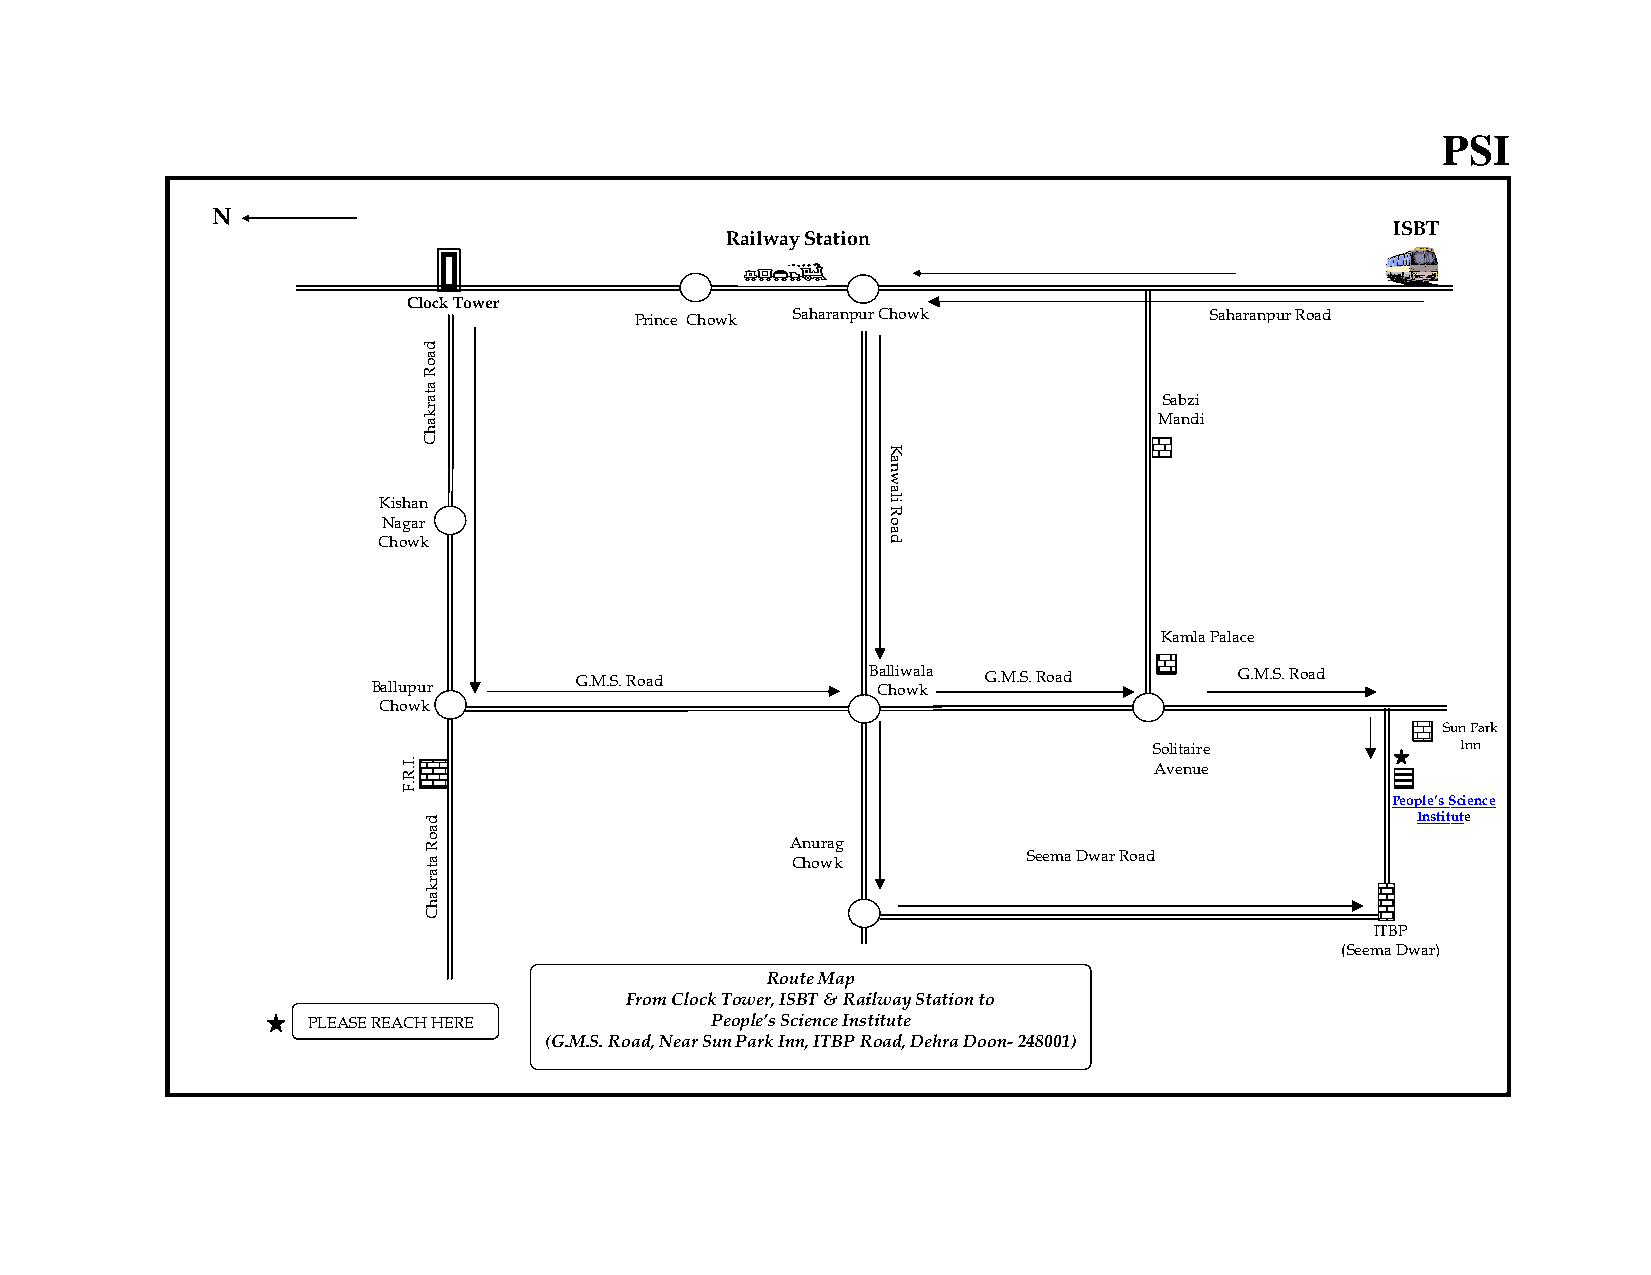
PPSI
 N
 ISBT
 Railway Station
 Clocck Tower
 Prince Chowwk Saharanpurr Chowk       Saharanpur Road
 Sabzi
 MMandi
 Kishan
 Nagar
 Chowk
 Kamla Palace
 Ballupur     GG.M.S. Road        B B Cal hli ow wa kla G.MM.S. Road G.M.S. Rooad
 Chowk
 Suun Park
 SSolitaire           Inn
 AAvenue
 People’s SScience
 Institute
 Anurag
 Seema Dwar Road Chowk
 ITBP
 (Seema Dwar)
 Route Map
 From Clock TTower, ISBT & Raiilway Station to
 PLEASE REACH HHERE         Peeople’s Science Insttitute
 (G.MM.S. Road, Near Sunn Park Inn, ITBP RRoad, Dehra Doon- 248001)
 .I.R.F
 ddaaooR
 aattaarkkaahCC
 ddaaooRR
 aattaarrkkaahhCC
 Kanwali
 Road